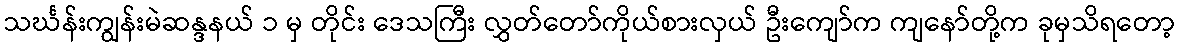
သင်္ဃန်းကျွန်းမဲဆန္ဒနယ် ၁ မှ တိုင်း ဒေသကြီး လွှတ်တော်ကိုယ်စားလှယ် ဦးကျော်က ကျနော်တို့က ခုမှသိရတော့